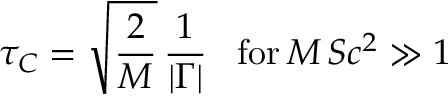
\tau _ { C } = \sqrt { \frac { 2 } { M } } \, { \frac { 1 } { | \Gamma | } } \; \; \; \mathrm { f o r } \, M \, S c ^ { 2 } \gg 1